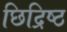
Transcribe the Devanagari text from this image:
छिद्रिष्ठ